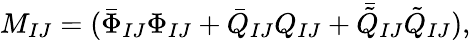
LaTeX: M_{IJ}=(\bar{\Phi}_{IJ}\Phi_{IJ}+\bar{Q}_{IJ}Q_{IJ}+\bar{\tilde{Q}}_{IJ}\tilde{Q}_{IJ}),